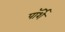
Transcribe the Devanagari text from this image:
पॉर्शे